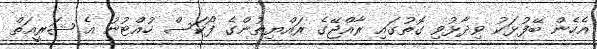
އެހެން ބޭފުޅަކު ވިދާޅުވި ގޮތުގައި ރާއްޖޭގެ ރައްޔިތުންގެ ފޯކަސް ހުއްޓުނު އެ ޝަރީއަތް